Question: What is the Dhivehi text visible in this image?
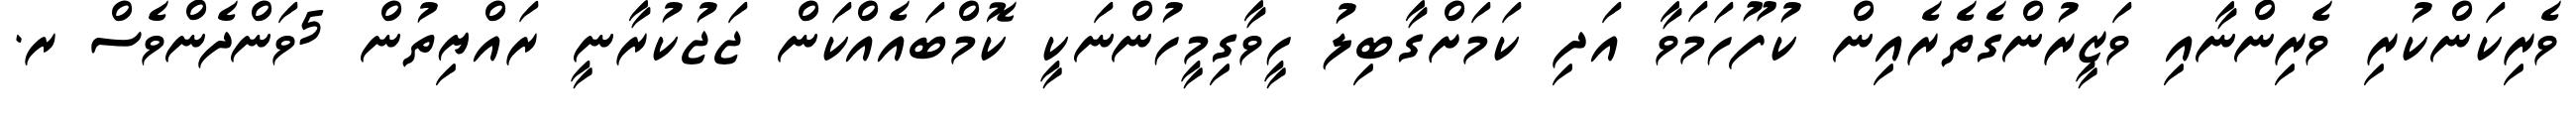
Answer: ވެރިކަންކުރި ވެރިންނާއި ވަޒީރުންގެތެރެއިން ކުފޫހަމަވާ އަދި ކަމަށްގާބިލު ހީވާގިމީހުންނަކީ ކޮމްބައެއްކަން ޖަޖުކުރާނީ ރައްޔިތުން 5ވަންދެންވެސް ރ.